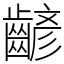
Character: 齴